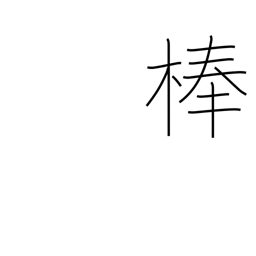
Meaning: pole